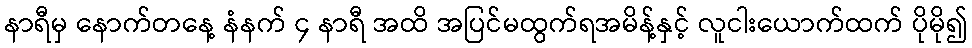
နာရီမှ နောက်တနေ့ နံနက် ၄ နာရီ အထိ အပြင်မထွက်ရအမိန့်နှင့် လူငါးယောက်ထက် ပိုမို၍